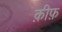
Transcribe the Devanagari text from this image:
क़ीफ़